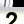
Digit: 2